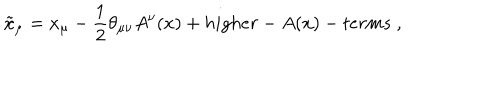
LaTeX: \tilde { x } _ { \mu } = x _ { \mu } - \frac { 1 } { 2 } \theta _ { \mu \nu } A ^ { \nu } ( x ) + h i g h e r - A ( x ) - t e r m s ~ ,